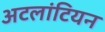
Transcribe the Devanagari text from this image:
अटलांटियन